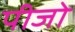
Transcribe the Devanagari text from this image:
पीजो